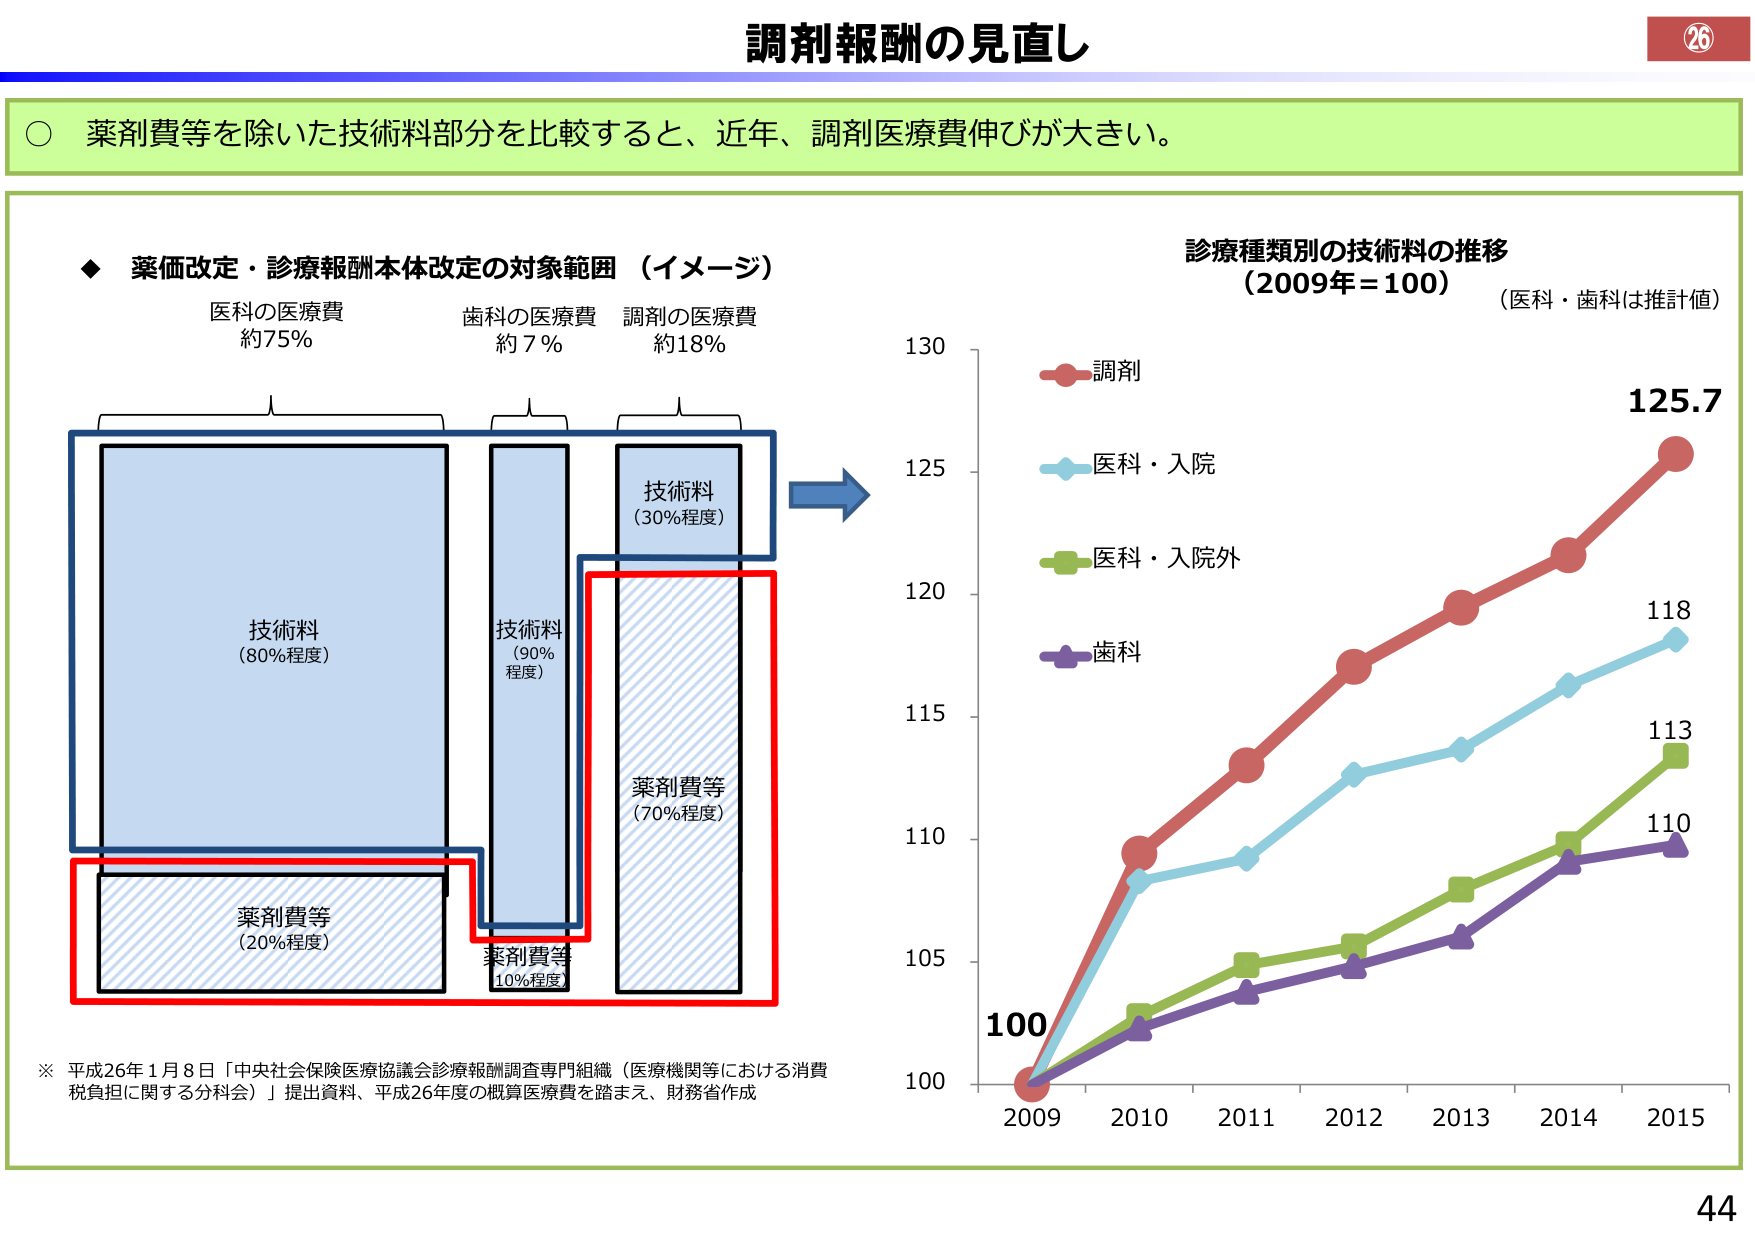
調剤報酬の見直し

○ 薬剤費等を除いた技術料部分を比較すると、近年、調剤医療費伸びが大きい。

◆ 薬価改定・診療報酬本体改定の対象範囲（イメージ）
医科の医療費 約75%
歯科の医療費 約7%
調剤の医療費 約18%

技術料（80%程度）
薬剤費等（20%程度）

技術料（90%程度）
薬剤費等（10%程度）

技術料（30%程度）
薬剤費等（70%程度）

※ 平成26年1月8日「中央社会保険医療協議会診療報酬調査専門組織（医療機関等における消費税負担に関する分科会）」提出資料、平成26年度の概算医療費を踏まえ、財務省作成

診療種類別の技術料の推移
（2009年＝100）（医科・歯科は推計値）

調剤
医科・入院
医科・入院外
歯科

100
105
110
115
120
125
130

2009 2010 2011 2012 2013 2014 2015

100
109
118
125.7
110
113
118

26
44